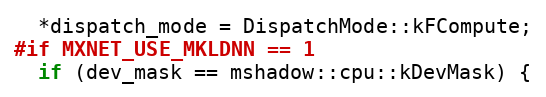
Language: C++
  *dispatch_mode = DispatchMode::kFCompute;
#if MXNET_USE_MKLDNN == 1
  if (dev_mask == mshadow::cpu::kDevMask) {